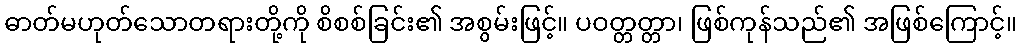
ဓာတ်မဟုတ်သောတရားတို့ကို စိစစ်ခြင်း၏ အစွမ်းဖြင့်။ ပဝတ္တတ္တာ၊ ဖြစ်ကုန်သည်၏ အဖြစ်ကြောင့်။